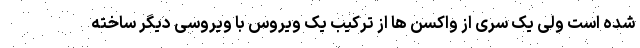
شده است ولی یک سری از واکسن ها از ترکیب یک ویروس با ویروسی دیگر ساخته